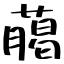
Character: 﨟